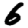
Digit: 6